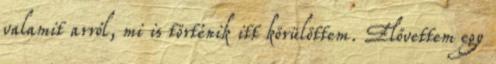
valamit arról, mi is történik itt körülöttem. Elővettem egy